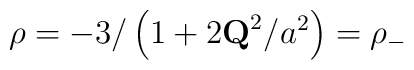
\rho  = - 3 /\left(1 + 2 {\bf Q}^{2}/a^{2} \right) = \rho_{-}